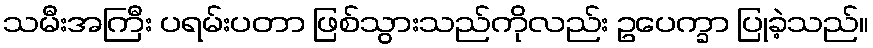
သမီးအကြီး ပရမ်းပတာ ဖြစ်သွားသည်ကိုလည်း ဥပေက္ခာ ပြုခဲ့သည်။